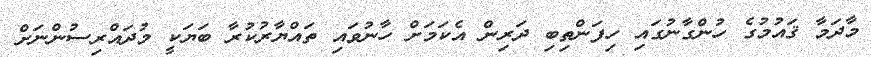
މާދަމާ ޤައުމުގެ ހުންގާނުގައި ހިފަންތިބި ދަރިން އެކަމަށް ހާނުވައި ތައްޔާރުކުރާ ބަޔަކީ މުދައްރިސުންނަށް